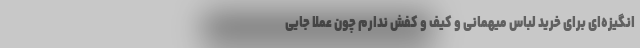
انگیزه‌ای برای خرید لباس میهمانی و کیف و کفش ندارم چون عملاً جایی